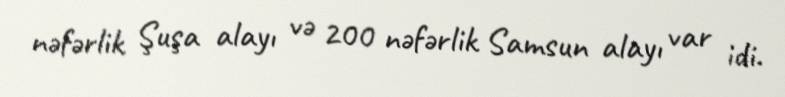
nəfərlik Şuşa alayı və 200 nəfərlik Samsun alayı var idi.